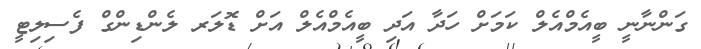
ގަންނާނީ ބީއެމްއެލް ކަމަށް ހަދާ އަދި ބީއެމްއެލް އަށް ޑޮލަރ ލެންޑިންގް ފެސިލިޓީ